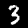
Label: 3